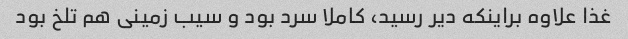
غذا علاوه براینکه دیر رسید، کاملا سرد بود و سیب زمینی هم تلخ بود